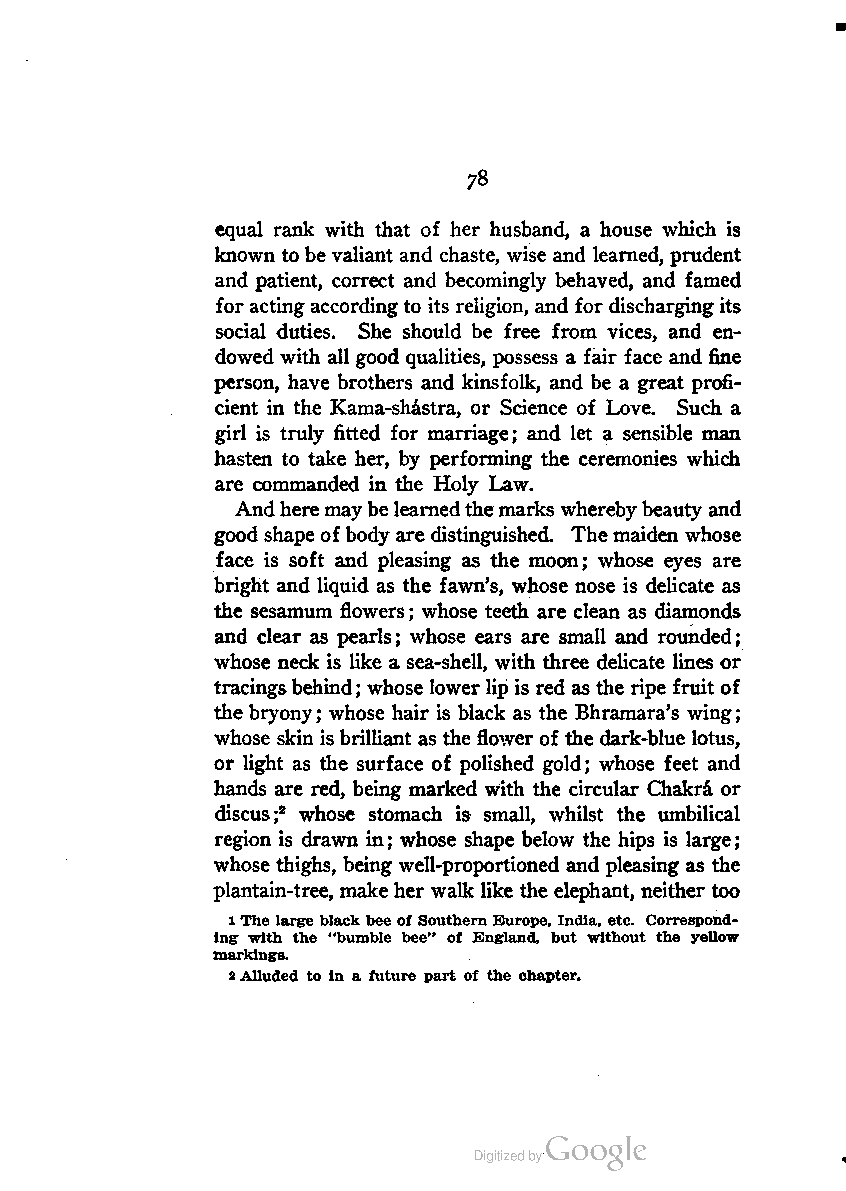
78
 equal rank with that of her husband, a house which is
 known tobevaliant and chaste, wise and learned, prudent
 and patient, correct and becomingly behaved, and famed
 for actingaccordingto its religion, and for discharging its
 social duties. She should be free from vices, and en
 dowed with all good qualities, possess a fair face and fine
 person, have brothers and kinsfolk, and be a great profi
 cient in the Kama-shastra, or Science of Love. Such a
 girl is truly fitted for marriage; and let a sensible man
 hasten to take her, by performing the ceremonies which
 are commanded in the Holy Law.
 Andheremaybelearnedthemarks wherebybeauty and
 good shape ofbody are distinguished. Themaiden whose
 face is soft and pleasing as the moon; whose eyes are
 bright and liquid as the fawn's, whose nose is delicate as
 the sesamum flowers; whose teeth are clean as diamonds
 and clear as pearls; whose ears are small and rounded;
 whose neck is like a sea-shell, with three delicate lines or
 tracingsbehind; whose lower lip is red as the ripe fruit of
 the bryony; whose hair is black as the Bhramara's wing;
 whose skin isbrilliant as the flower of the dark-blue lotus,
 or light as the surface of polished gold; whose feet and
 hands are red, being marked with the circular Chakra or
 discus;2 whose stomach is small, whilst the umbilical
 region is drawn in; whose shape below the hips is large;
 whose thighs, being well-proportioned and pleasing as the
 plantain-tree, make her walk like the elephant, neither too
 1The large black beeof SouthernEurope, India, etc. Correspond
 ing with the "bumble bee" of England, but without the yellow
 markings.
 2Alluded to in a future part of the chapter.